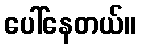
ပေါ်နေတယ်။